Reports on dispensaries and lunatic asylums in the Province of Oudh - 1869-1876
Year: 1869
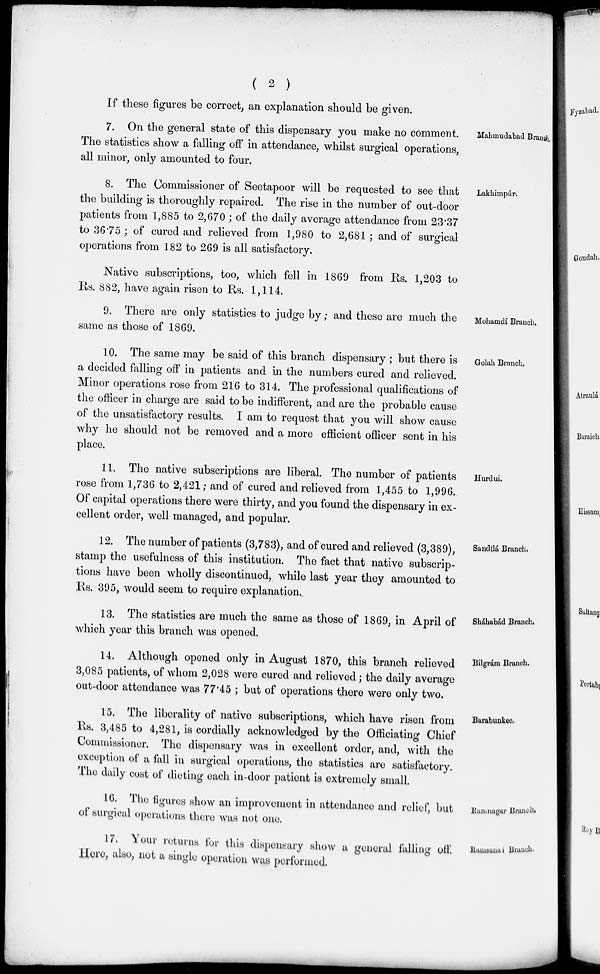
( 2 )
If these figures be correct, an explanation should be given.
Mahmudabad Branch.
7. On the general state of this dispensary you make no comment.
The statistics show a falling off in attendance, whilst surgical operations,
all minor, only amounted to four.
Lakhimpúr.
8. The Commissioner of Seetapoor will be requested to see that
the building is thoroughly repaired. The rise in the number of out-door
patients from 1,885 to 2,670 ; of the daily average attendance from 23.37
to 36.75 ; of cured and relieved from 1,980 to 2,681; and of surgical
operations from 182 to 269 is all satisfactory.
Native subscriptions, too, which fell in 1869 from Rs. 1,203 to
Rs. 882, have again risen to Rs. 1,114.
Mohamdí Branch.
9. There are only statistics to judge by; and these are much the
same as those of 1869.
Golah Branch.
10. The same may be said of this branch dispensary ; but there is
a decided falling off in patients and in the numbers cured and relieved.
Minor operations rose from 216 to 314. The professional qualifications of
the officer in charge are said to be indifferent, and are the probable cause
of the unsatisfactory results. I am to request that you will show cause
why he should not be removed and a more efficient officer sent in his
place.
Hurdui.
11. The native subscriptions are liberal. The number of patients
rose from 1,736 to 2,421; and of cured and relieved from 1,455 to 1,996.
Of capital operations there were thirty, and you found the dispensary in ex-
cellent order, well managed, and popular.
Sandílá Branch.
12. The number of patients (3,783), and of cured and relieved (3,389),
stamp the usefulness of this institution. The fact that native subscrip-
tions have been wholly discontinued, while last year they amounted to
Rs. 395, would seem to require explanation.
Sháhabád Branch.
13. The statistics are much the same as those of 1869, in April of
which year this branch was opened.
Bilgrám Branch.
14. Although opened only in August 1870, this branch relieved
3,085 patients, of whom 2,028 were cured and relieved; the daily average
out-door attendance was 77.45 ; but of operations there were only two.
Barabunkee
15. The liberality of native subscriptions, which have risen from
Rs. 3,485 to 4,281, is cordially acknowledged by the Officiating Chief
Commissioner. The dispensary was in excellent order, and, with the
exception of a fall in surgical operations, the statistics are satisfactory.
The daily cost of dieting each in-door patient is extremely small.
Ramnagar Branch.
16. The figures show an improvement in attendance and relief, but
of surgical operations there was not one.
Ramsanan Branch.
17. Your returns for this dispensary show a general falling off
Here, also, not a single operation was performed.